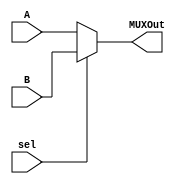
module mux_2 (
    A, B, sel, MUXOut
);
    input [31:0] A, B;
    input sel;
    output wire [31:0] MUXOut;
    /////////////////////////////////////////
    assign MUXOut = (sel == 1'b0) ? A : B;
endmodule